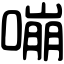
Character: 嘣